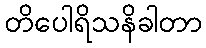
တိပေါရိသနိခါတာ